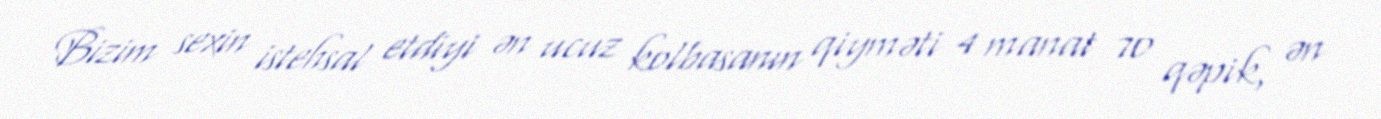
Bizim sexin istehsal etdiyi ən ucuz kolbasanın qiyməti 4 manat 70 qəpik, ən